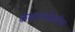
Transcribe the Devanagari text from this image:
कथारचनेसाठीचा